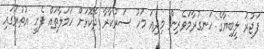
ފަޖުރު ލީބިޔާގެ ހަނގުރާމަވެރިން މިދިއަ މަހު ސަރުކާރާ ދެކޮޅަށް ހަމަލާތައް ފެށީ އުތުރުގައި